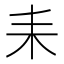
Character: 耒